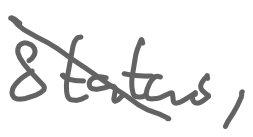
Text: Status,
Cross-out: diagonal
Writing tool: digital_gray